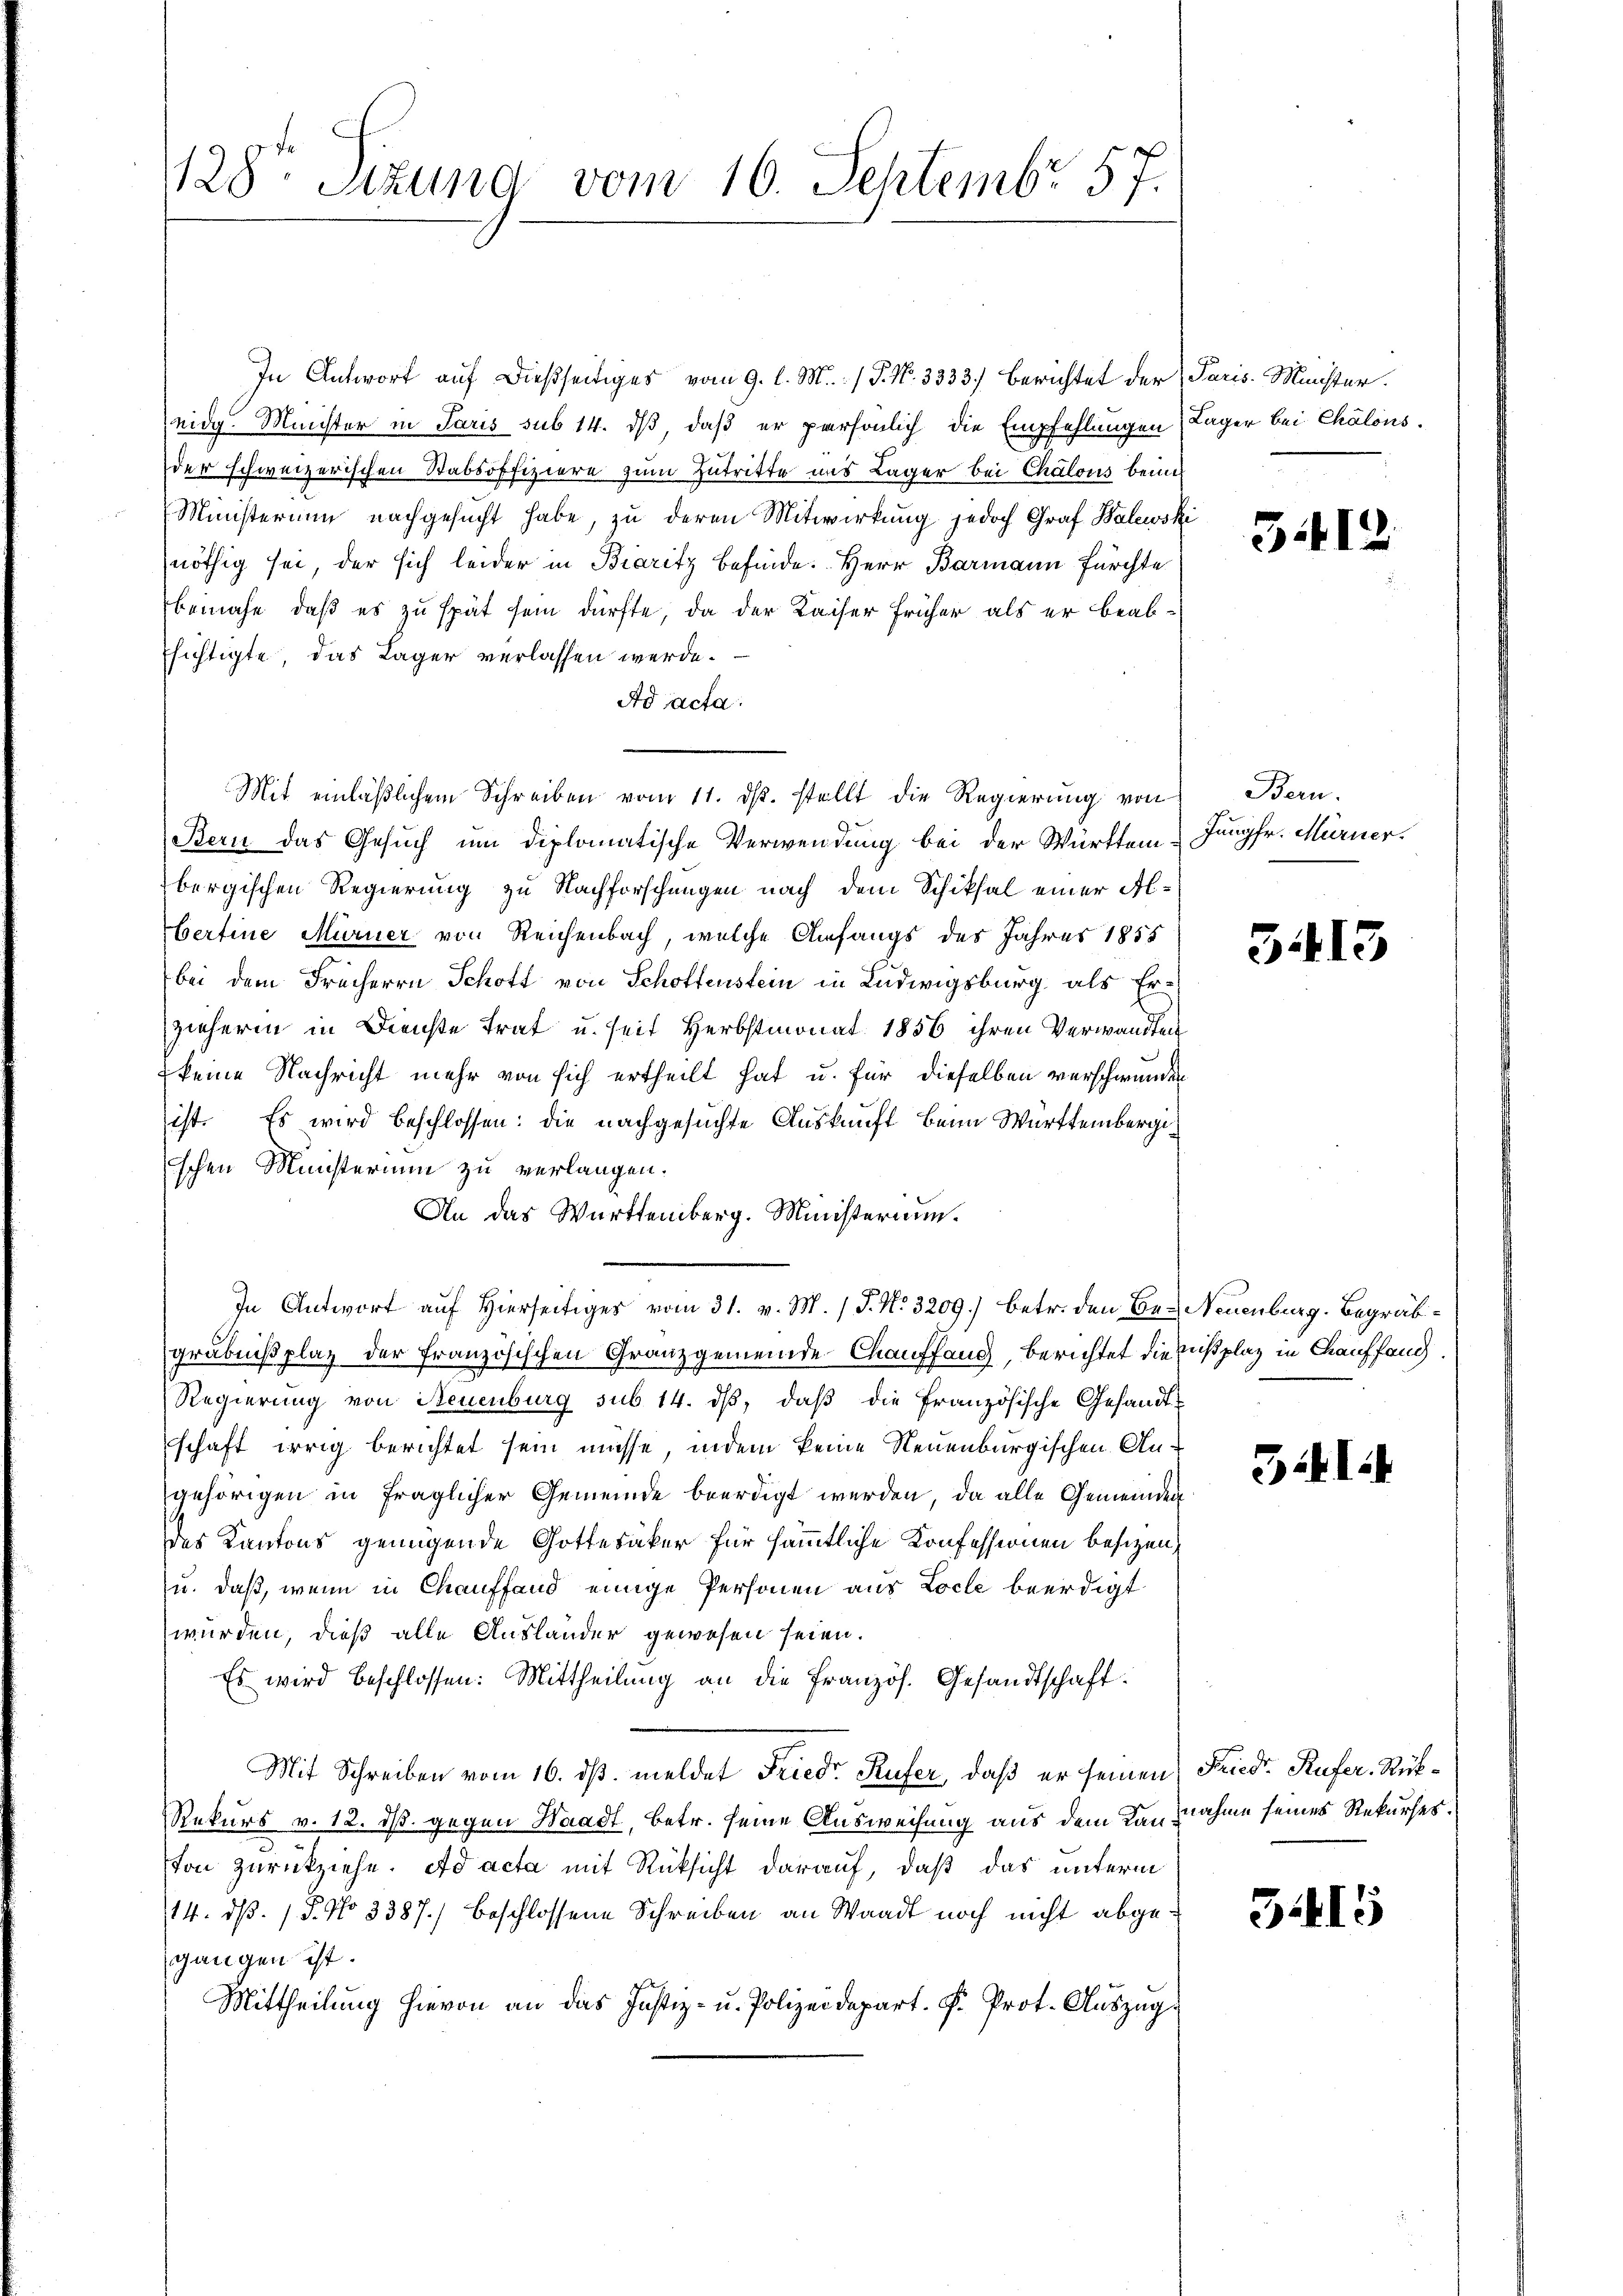
128te Sitzung vom 10. Septembr 57.

In Antwort auf dießseitiges vom 9. l. M. / P. Nr. 3333) berichtet der Paris Minister.
eidg. Minister in Paris sub 14. dß, daß er persönlich die Empfehlungen
der schweizerischen Stabsoffiziere zum Zutritte uns Lager bei Chalous beim
Ministerium nachgesucht habe, zu deren Mitwirkung jedoch Graf Balewski
nöthig sei, der sich leider in Biaritz befinde. Herr Barmann fürchte
beinahe, daß es zu spät sein dürfte, da der Kaiser früher als er beabsichtigte, das Lager verlassen werde.
Ad acta.
Mit einläßlichem Schreiben vom 11. ds. stellt die Regierung von Bern-
Bern das Gesuch um diplomatische Verwendung bei der Württem Jungfr. Murner.
bergischen Regierung zu Nachforschungen nach dem Schiksal einer Al¬
Bertine Mürner von Reichenbach, welche Anfangs des Jahres 1855
bei dem Freiherrn Schott von Schottenstein in Ludwigsburg, als Erzieherin in Dienste trat u. seit Herbstmonat 1856 ihren Verwandten
 keine Nachricht mehr von sich ertheilt hat u. für dieselben verschwunden
ist. Es wird beschlossen: die nachgesuchte Auskunft beim Württembergischen Ministerium zu verlangen.
An das Württemberg. Ministerium.
In Antwort auf Hierseitiges vom 31. v. M. (T. No. 3209) betr. den Be- Neuenburg. Begräbgräbnißplaz der französischen Granzgemeinde Chauffang, berichtet die nißplaz in Chauffang
Regierung von Neuenburg sub 14. dβ, daβ die französische Gesandt-
schaft irrig berichtet sein müsse, indem keine Neuenburgischen Angehörigen in fraglicher Gemeinde beerdigt werden, da alle Gemeinden
des Kantons genügende Gotteraker für sämmtliche Konfessionen besizen,
u. daß, wenn in Chauffand einige Personen aus Loche beerdigt
würden, dieß alle Ausländer gewesen seien.
Es wird beschlossen: Mittheilung an die französ. Gesandtschaft.
Mit Schreiben vom 16. ds. meldet Friedr. Küfer, daß er seinen
Rekurs v. 12. ds. gegen Waadt, betr. seine Ausweisung aus dem Kannahme seines Rekurses.
von zurückziehe. ad acta mit Rüksicht darauf, daß das unterm
14. d. 15. No 3387.) beschlossene Schreiben an Waadt noch nicht abgegangen ist.
Mittheilung hievon an das Justiz- u. Polizeidepart. F. Prot. Auszugs

Lager bei Chalons.

312

5413

51

Friedr. Rufer Rük¬

G15